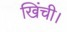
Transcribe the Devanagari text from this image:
खिंची।